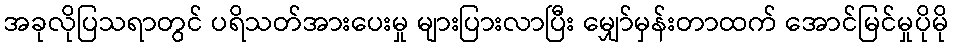
အခုလိုပြသရာတွင် ပရိသတ်အားပေးမှု များပြားလာပြီး မျှော်မှန်းတာထက် အောင်မြင်မှုပိုမို